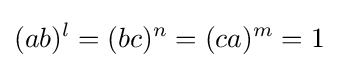
(ab)^{l}=(bc)^{n}=(ca)^{m}=1